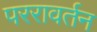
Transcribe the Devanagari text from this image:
पररावर्तन